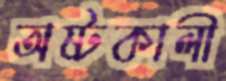
অষ্টকালী